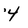
Character: 4